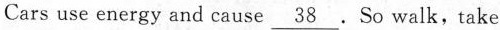
Cars use energy and cause \underline{38}.So walk,take